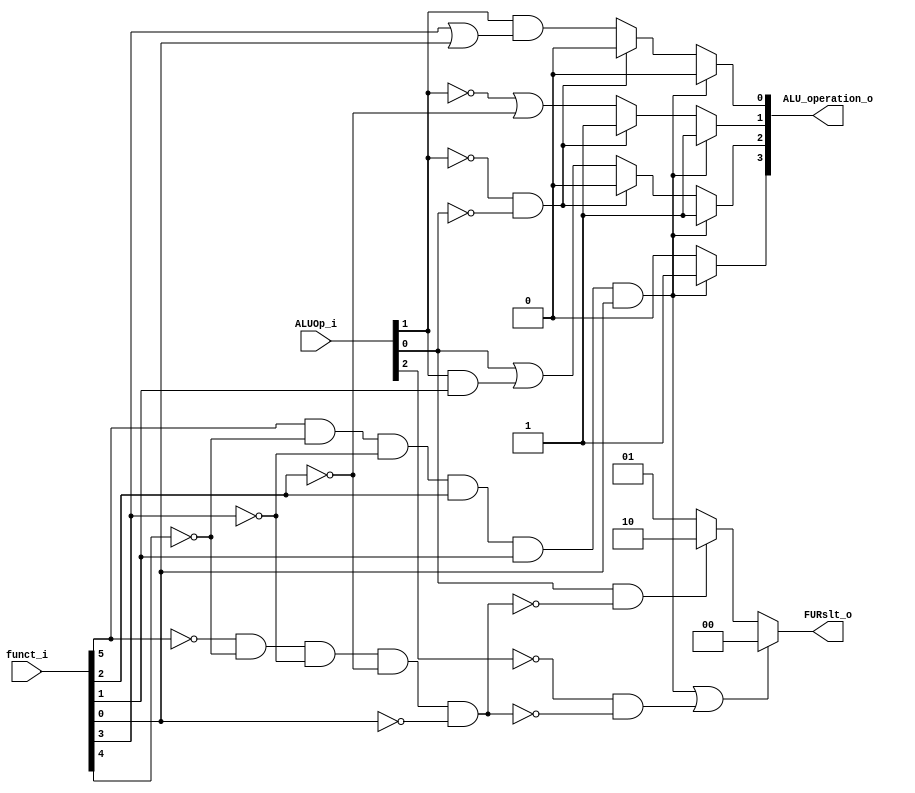
module ALU_Ctrl( funct_i, ALUOp_i, ALU_operation_o, FURslt_o );

//I/O ports 
input      [6-1:0] funct_i;
input      [3-1:0] ALUOp_i;

output     [4-1:0] ALU_operation_o;  
output     [2-1:0] FURslt_o;
     
//Internal Signals
wire		[4-1:0] ALU_operation_o;
wire		[2-1:0] FURslt_o;

//Main function
/*your code here*/
wire norx;
wire addi;
wire shift;

assign norx = funct_i[5] && ~funct_i[4] && ~funct_i[3] && funct_i[2] && funct_i[1] && funct_i[0];
assign addi = ~ALUOp_i[1] && ~ALUOp_i[0];
assign shift = ~funct_i[5] && ~funct_i[4] && ~funct_i[3] && ~funct_i[2] && ~funct_i[0];
assign ALU_operation_o[3] = ( (norx) ? 1 : 0 );
assign ALU_operation_o[2] = ( (norx) ? 1 : ( (addi) ? 0 : ( ALUOp_i[0] || (ALUOp_i[1] && funct_i[1]) ) ) );
assign ALU_operation_o[1] = ( (norx) ? 1 : ( (addi) ? 1 : ( !ALUOp_i[1] || ~funct_i[2] ) ) );
assign ALU_operation_o[0] = ( (norx) ? 0 : ( (addi) ? 0 : ( ALUOp_i[1] && (funct_i[3]||funct_i[0]) ) ) );
assign FURslt_o = ( (norx || (~ALUOp_i[2] && ~shift)) ? 0 : ( (ALUOp_i[0]&&!shift) ? 2 : 1 ) );


endmodule